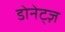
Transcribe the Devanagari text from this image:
डोनेट्ज़